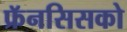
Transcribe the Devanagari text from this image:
फ्रॅनसिसको